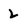
Character: 2